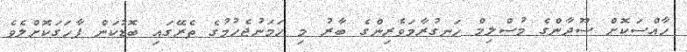
ހާއްސަކޮށް ސޫދާންގެ މުސްލިމް ހަނގުރާމަވެރިންގެ ބާރު މި ހަމަނުޖެހުމުގެ ތެރޭގައި ބޮޑުކަން ފާހަގަކޮށްލެވެ